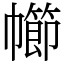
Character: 幯